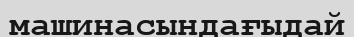
машинасындағыдай